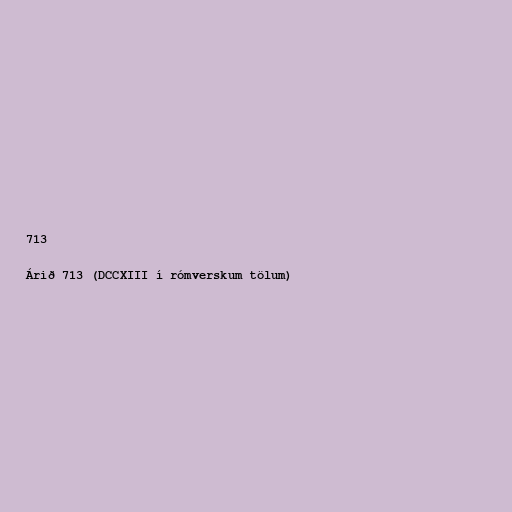
713

Árið 713 (DCCXIII í rómverskum tölum)